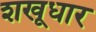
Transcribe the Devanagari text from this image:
शखूधार